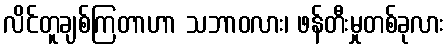
လိင်တူချစ်ကြတာဟာ သဘာဝလား၊ ဖန်တီးမှုတစ်ခုလား